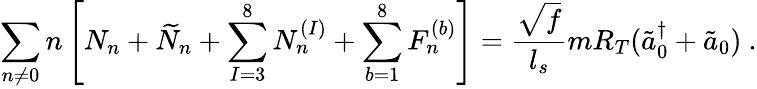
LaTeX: \sum_{n\neq 0}n\left[N_{n}+\widetilde{N}_{n}+\sum_{I=3}^{8}N_{n}^{(I)}+\sum_{b=1}^{8}F_{n}^{(b)}\right]=\frac{\sqrt{f}}{l_{s}}mR_{T}(\tilde{a}_{0}^{\dagger}+\tilde{a}_{0})~.